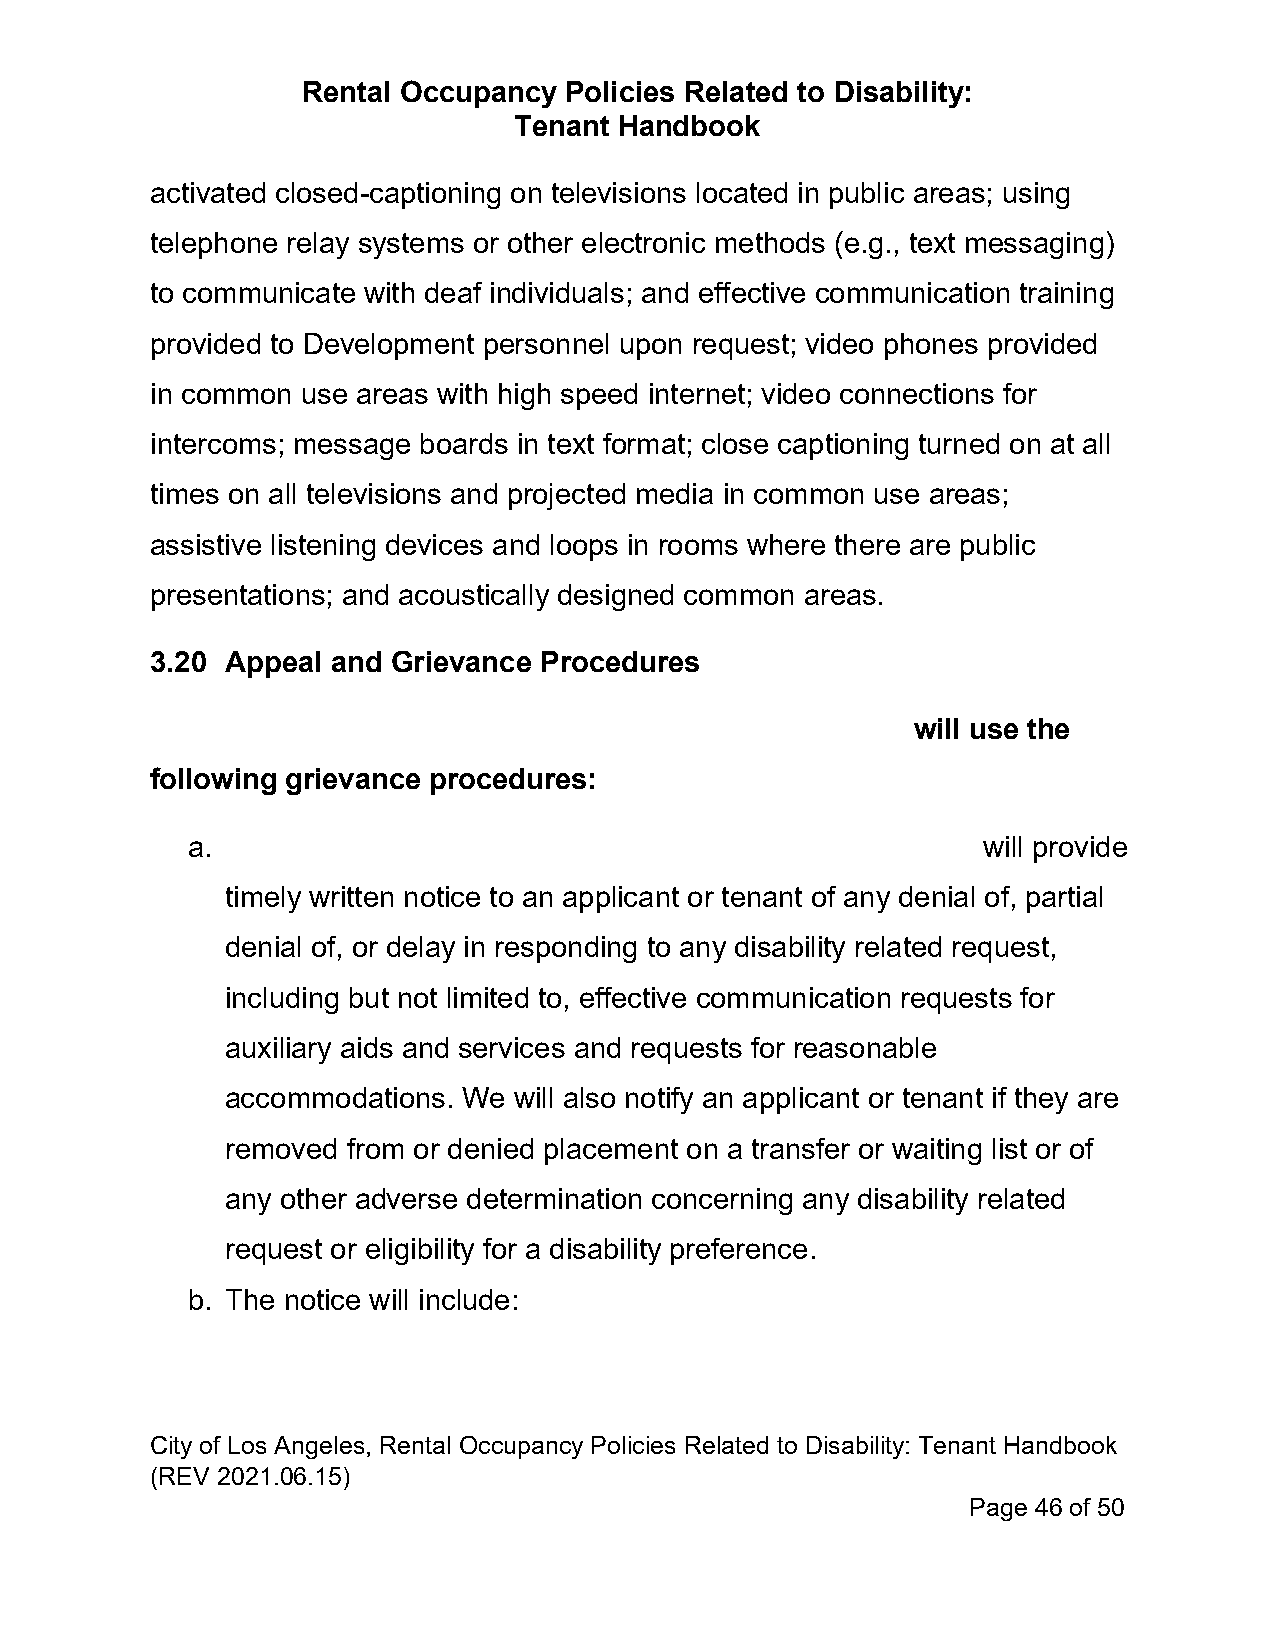
Rental Occupancy Policies Related to Disability:
 Tenant Handbook
 activated closed-captioning on televisions located in public areas; using
 telephone relay systems or other electronic methods (e.g., text messaging)
 to communicate with deaf individuals; and effective communication training
 provided to Development personnel upon request; video phones provided
 in common use areas with high speed internet; video connections for
 intercoms; message boards in text format; close captioning turned on at all
 times on all televisions and projected media in common use areas;
 assistive listening devices and loops in rooms where there are public
 presentations; and acoustically designed common areas.
 3.20 Appeal and Grievance Procedures
 will use the
 following grievance procedures:
 a.                                                   will provide
 timely written notice to an applicant or tenant of any denial of, partial
 denial of, or delay in responding to any disability related request,
 including but not limited to, effective communication requests for
 auxiliary aids and services and requests for reasonable
 accommodations. We will also notify an applicant or tenant if they are
 removed from or denied placement on a transfer or waiting list or of
 any other adverse determination concerning any disability related
 request or eligibility for a disability preference.
 b. The notice will include:
 City of Los Angeles, Rental Occupancy Policies Related to Disability: Tenant Handbook
 (REV 2021.06.15)
 Page 46 of 50